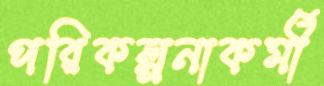
পরিকল্পনাকর্মী